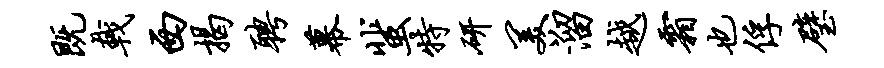
既戟西揭聘幕蜚特研美溜越霜也俘璧